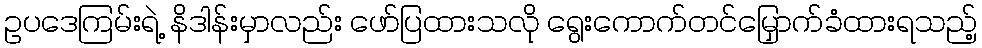
ဥပဒေကြမ်းရဲ့ နိဒါန်းမှာလည်း ဖော်ပြထားသလို ရွေးကောက်တင်မြှောက်ခံထားရသည့်